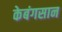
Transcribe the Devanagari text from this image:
केबंगसान